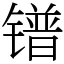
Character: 镨